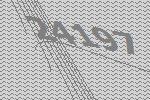
24197